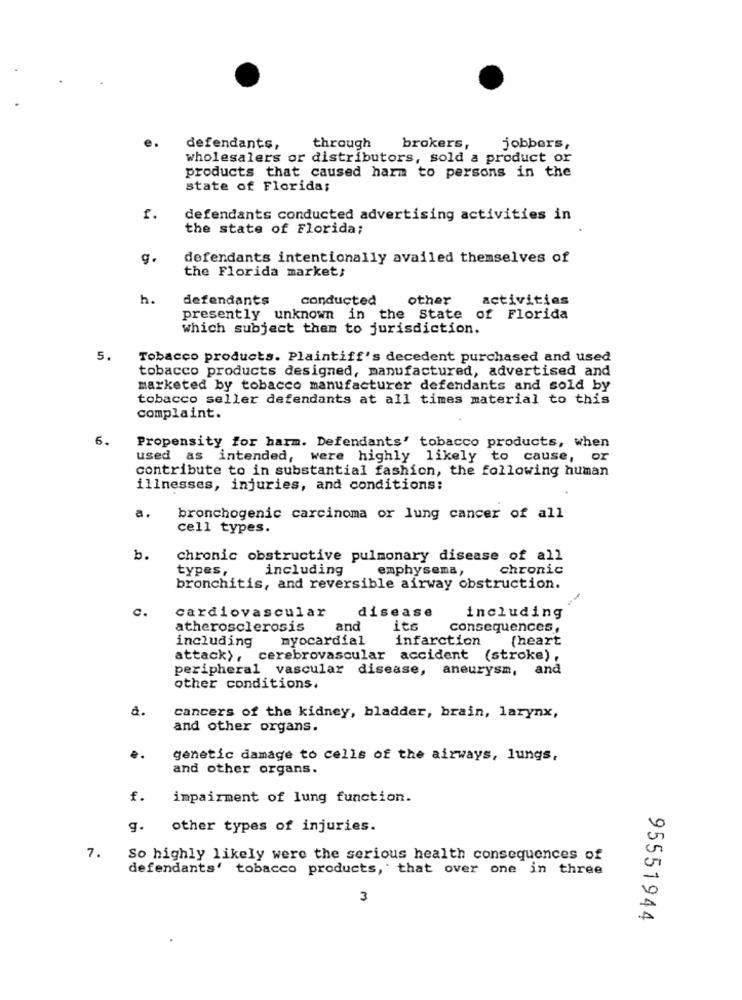
defendants,
through
brokers,
jobbors,
wholesalers or distributors, sold a product or
products that caused harm to persons in the
state of Florida;
defendants conducted advertising activities in
the state of Florida;
g.
defendants intentionally availed themselves of
the Florida market;
h.
defendants
conducted
other
activities
presently unknown in the State of Florida
which subject them to jurisdiction.
5.
Tobacco products. Plaintiff's decedent purchased and used
tobacco products designed, manufactured, advertised and
marketed by tobacco manufacturer defendants and sold by
tobacco seller defendants at all times material to this
complaint.
6.
Propensity for harm. Defendants' tobacco products, when
used as intended, were highly likely to cause, or
contribute to in substantial fashion, the following human
illnesses, injuries, and conditions:
a.
bronchogenic carcinoma or lung cancer of all
cell types.
b.
chronic obstructive pulmonary disease of all
types,
including
emphysema,
chronic
bronchitis, and reversible airway obstruction.
c.
cardiovascular
disease
including
atherosclerosis
and
its
consequences ,
including
myocardial
infarction
(heart
attack), cerebrovascular accident (stroke) ,
peripheral vascular disease, aneurysm, and
other conditions.
à.
cancers of the kidney, bladder, brain, larynx,
and other organs.
genetic damage to cells of the airways, lungs,
and other organs.
f.
impairment of lung function.
g.
other types of injuries.
7.
So highly likely were the serious health consequences of
defendants' tobacco products, that over one in three
3
95551944